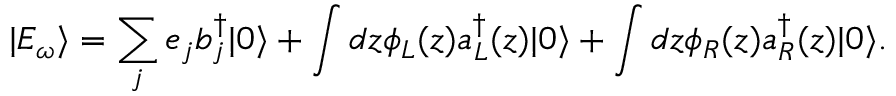
| { E _ { \omega } } \rangle = \sum _ { j } ^ { } { { e _ { j } } b _ { j } ^ { \dag } | 0 \rangle } + \int { d z { \phi _ { L } } ( z ) a _ { L } ^ { \dag } ( z ) | 0 \rangle } + \int { d z { \phi _ { R } } ( z ) a _ { R } ^ { \dag } ( z ) | 0 \rangle } .